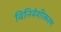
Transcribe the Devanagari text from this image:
विनिवेशीकरण